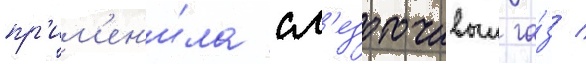
пр'им'ен'и́ла сл'езоточивыи га́з /